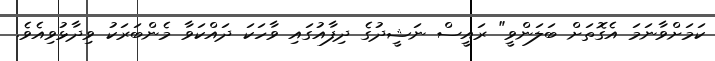
ކަމަށްވާނަމަ އެގޮތަށް ބަލަންވީ" ރައީސް ނަޝީދުގެ ދިފާއުގައި ވާހަކަ ދައްކަވާ މެންބަރަކު ވިދާޅުވިއެވެ.